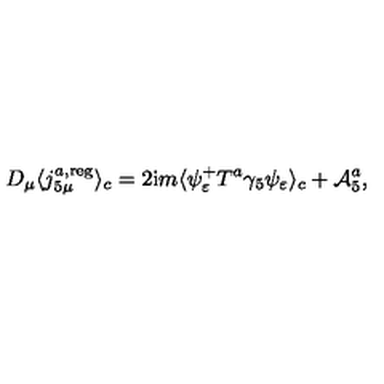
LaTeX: D _ { \mu } \langle j _ { 5 \mu } ^ { a , \mathrm { r e g } } \rangle _ { c } = 2 \mathrm { i } m \langle \psi _ { \varepsilon } ^ { + } T ^ { a } \gamma _ { 5 } \psi _ { \varepsilon } \rangle _ { c } + { \cal A } _ { 5 } ^ { a } ,